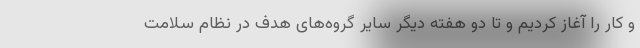
و کار را آغاز کردیم و تا دو هفته دیگر سایر گروه‌های هدف در نظام سلامت